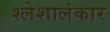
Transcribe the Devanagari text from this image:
श्लेशालंकार